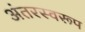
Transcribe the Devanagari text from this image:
अंतरस्वरूप